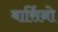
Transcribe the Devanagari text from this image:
बार्सिनो